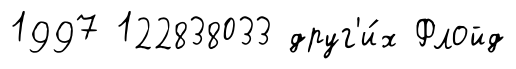
1997 122838033 друг'и́х Флойд